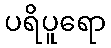
ပရိပူရော